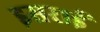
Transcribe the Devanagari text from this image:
इसराई